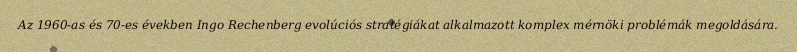
Az 1960-as és 70-es években Ingo Rechenberg evolúciós stratégiákat alkalmazott komplex mérnöki problémák megoldására.